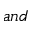
a n d